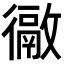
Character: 𢖉